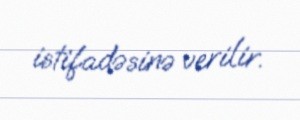
istifadəsinə verilir.